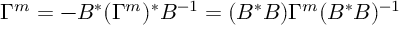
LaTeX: \Gamma ^ { m } = - B ^ { * } ( \Gamma ^ { m } ) ^ { * } B ^ { - 1 } = ( B ^ { * } B ) \Gamma ^ { m } ( B ^ { * } B ) ^ { - 1 }